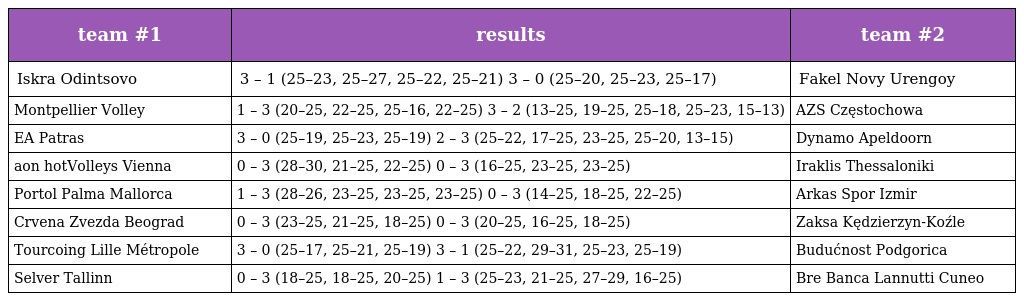
| team #1 | results | team #2 |
 | --- | --- | --- |
 | Iskra Odintsovo | 3 – 1 (25–23, 25–27, 25–22, 25–21) 3 – 0 (25–20, 25–23, 25–17) | Fakel Novy Urengoy |
 | Montpellier Volley | 1 – 3 (20–25, 22–25, 25–16, 22–25) 3 – 2 (13–25, 19–25, 25–18, 25–23, 15–13) | AZS Częstochowa |
 | EA Patras | 3 – 0 (25–19, 25–23, 25–19) 2 – 3 (25–22, 17–25, 23–25, 25–20, 13–15) | Dynamo Apeldoorn |
 | aon hotVolleys Vienna | 0 – 3 (28–30, 21–25, 22–25) 0 – 3 (16–25, 23–25, 23–25) | Iraklis Thessaloniki |
 | Portol Palma Mallorca | 1 – 3 (28–26, 23–25, 23–25, 23–25) 0 – 3 (14–25, 18–25, 22–25) | Arkas Spor Izmir |
 | Crvena Zvezda Beograd | 0 – 3 (23–25, 21–25, 18–25) 0 – 3 (20–25, 16–25, 18–25) | Zaksa Kędzierzyn-Koźle |
 | Tourcoing Lille Métropole | 3 – 0 (25–17, 25–21, 25–19) 3 – 1 (25–22, 29–31, 25–23, 25–19) | Budućnost Podgorica |
 | Selver Tallinn | 0 – 3 (18–25, 18–25, 20–25) 1 – 3 (25–23, 21–25, 27–29, 16–25) | Bre Banca Lannutti Cuneo |